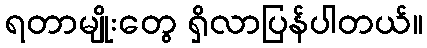
ရတာမျိုးတွေ ရှိလာပြန်ပါတယ်။